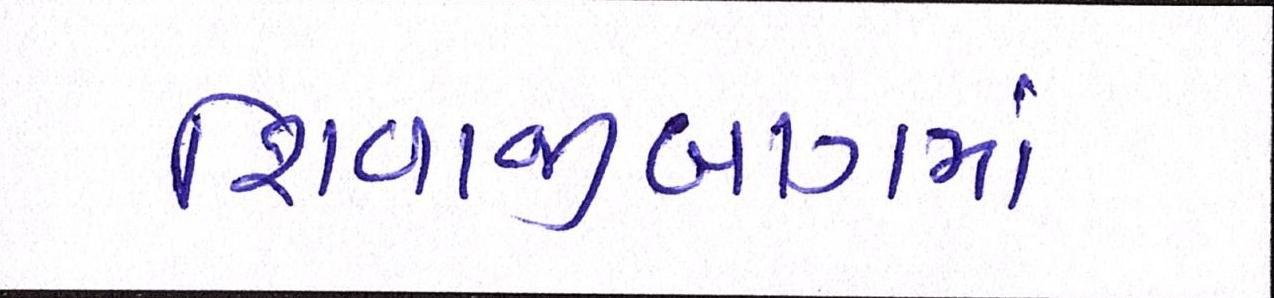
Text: શિવાજીબાગમાં